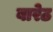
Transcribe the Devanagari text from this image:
बारेठ